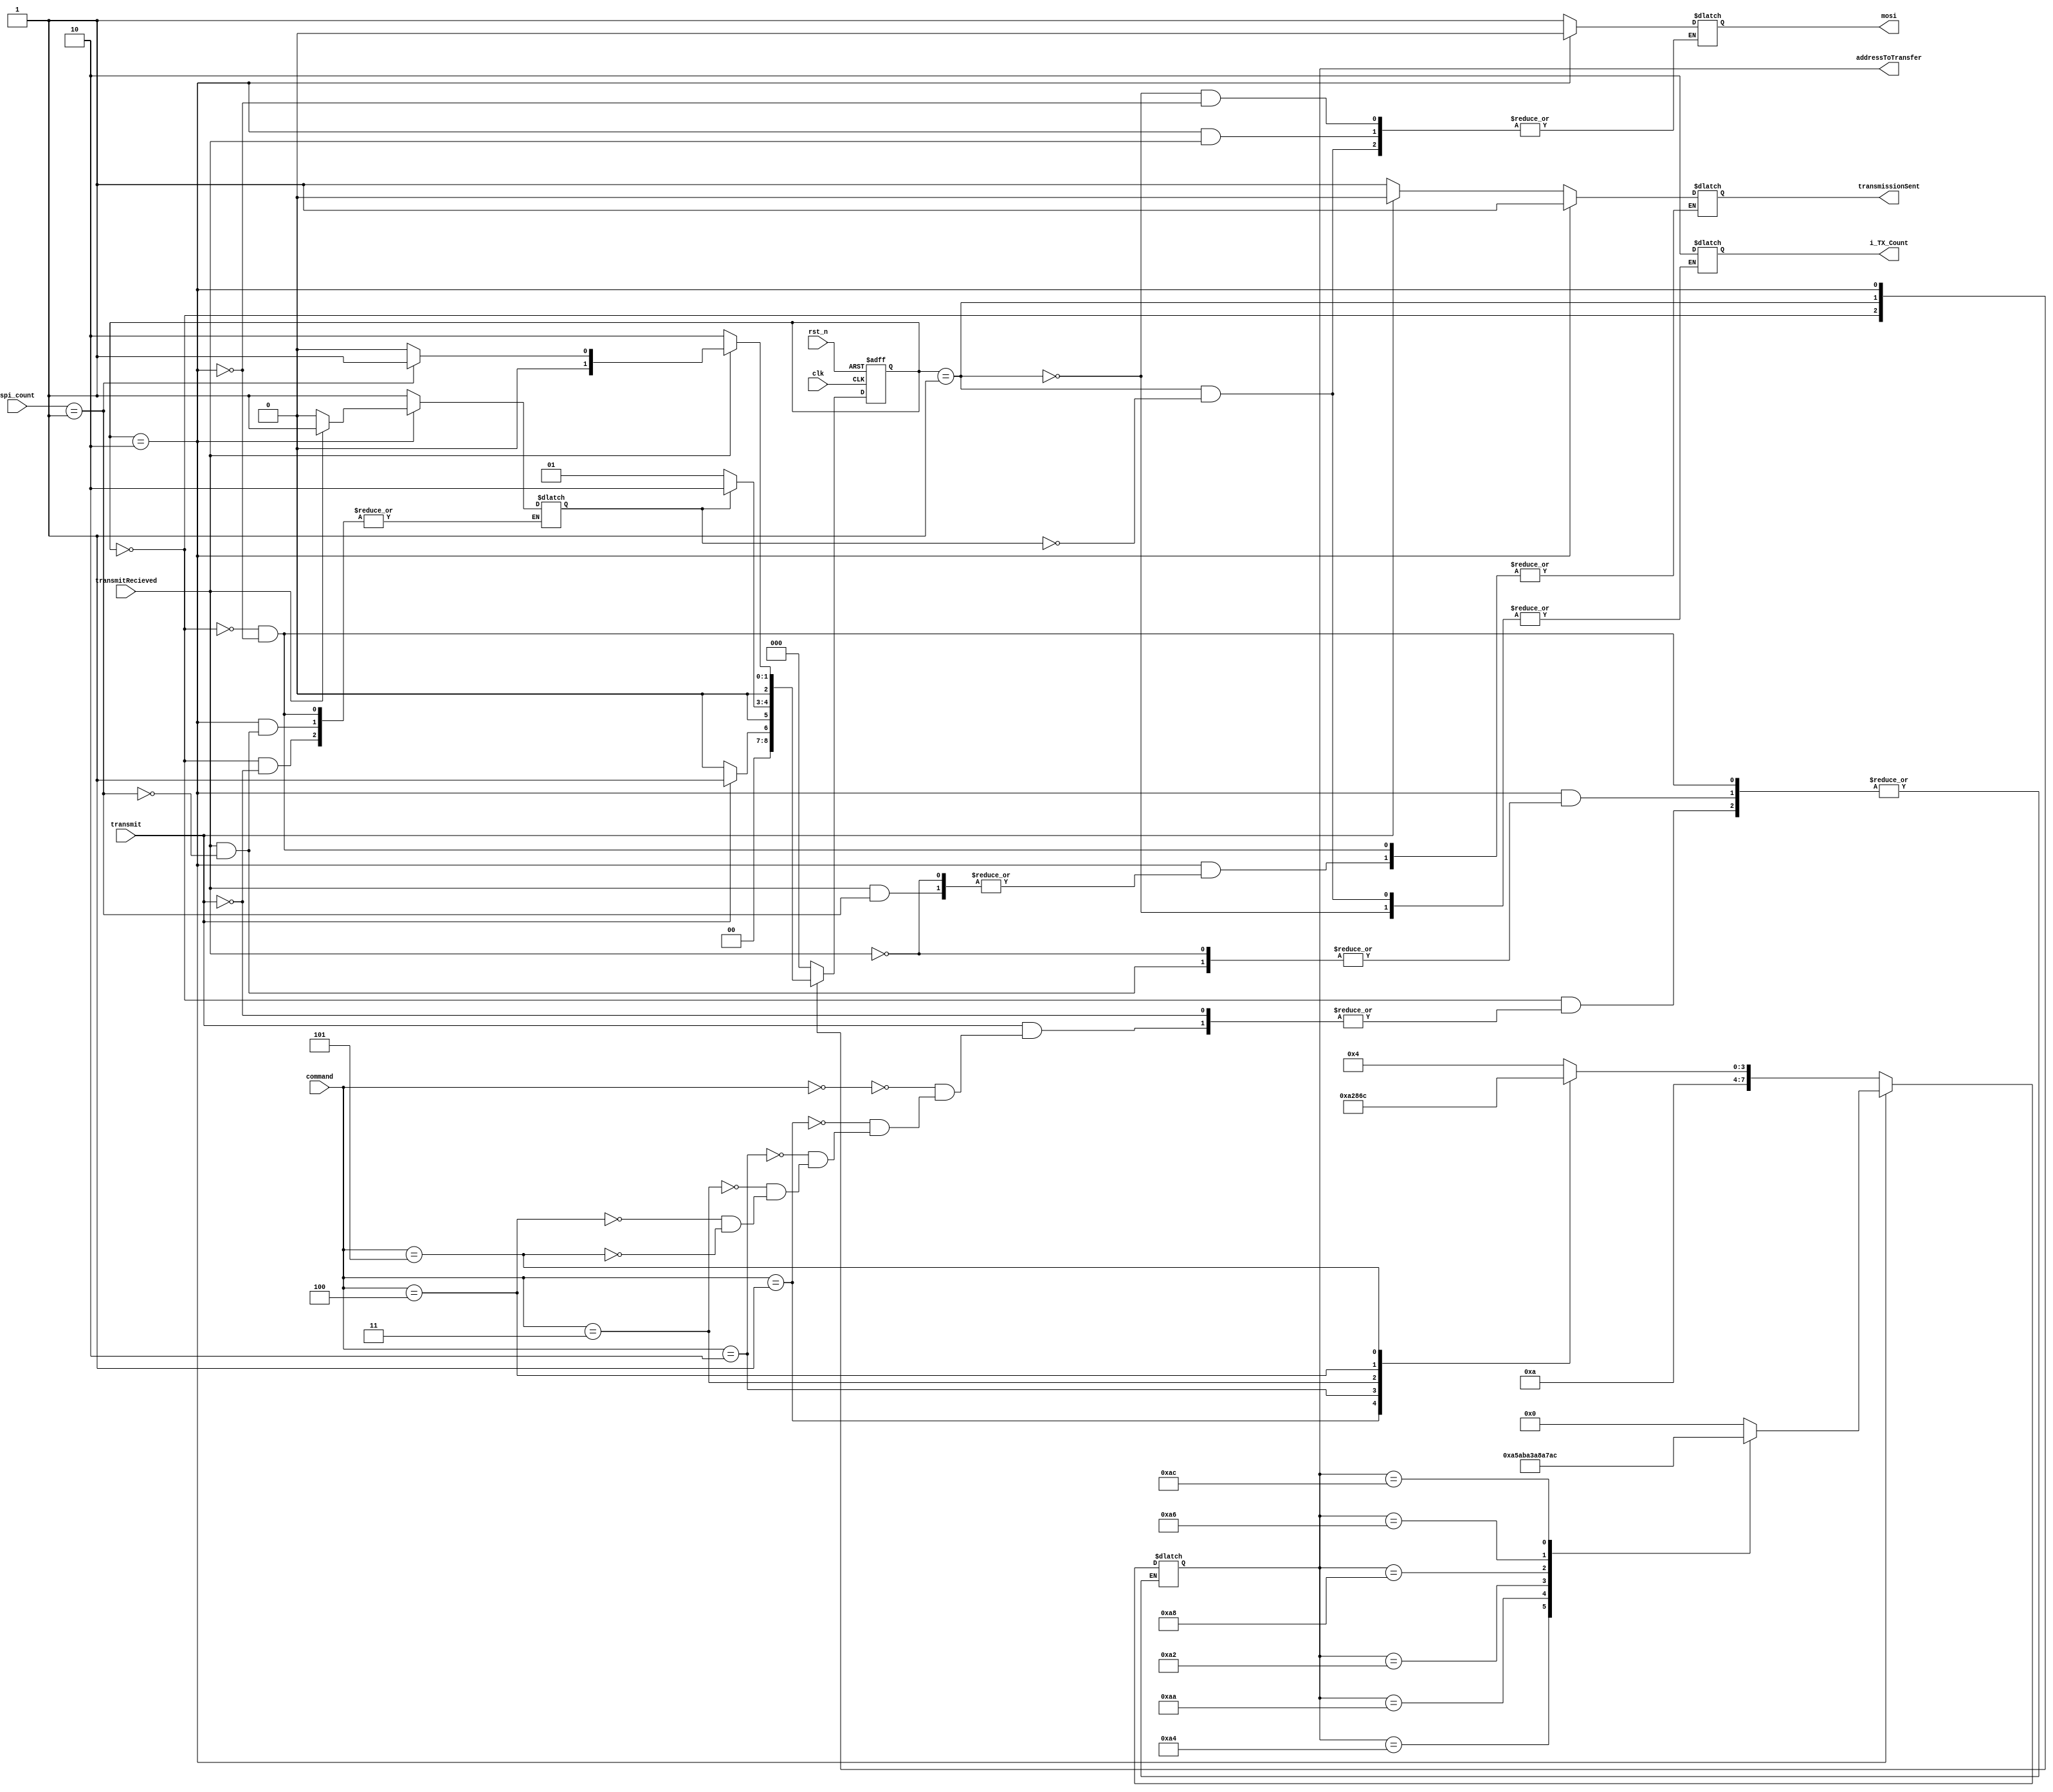
module spi_encoder (
    input wire clk,         // Clock signal
    input wire rst_n,       // Active-low reset
    input wire transmit,    // Command was recieved
    input wire transmitRecieved, //the transmission was recieved by the spi and it is ready for the next byte
    input wire [2:0] command,    // Roll command signal
    input wire [1:0] spi_count,
    output reg mosi,       // Master Out Slave In (SPI data out) Signal is ready to send
    output reg [7:0] addressToTransfer, //the command register to read
    output reg [1:0] i_TX_Count, // each instruction we send needs to recieve back two bytes
    output reg transmissionSent //our byte was sent and we are ready for another
);
   
//input commands for information to recieve
parameter GETROLLANGULAR = 3'b000; 
parameter GETROLLLINEAR = 3'b001;
parameter GETPITCHANGULAR = 3'b010;
parameter GETPITCHLINEAR = 3'b011;
parameter GETYAWANGULAR = 3'b100;
parameter GETYAWLINEAR =  3'b101;

reg start_bit;

// FSM states for SPI encoding
parameter IDLE = 3'b000;
parameter CMD_ACTIVE = 3'b001;
parameter DATA_ACTIVE = 3'b010;

reg [2:0] state, next_state;

always @(posedge clk or negedge rst_n) begin
    if (!rst_n) begin
        state <= IDLE;
    end else begin
        state <= next_state;
    end
end

always @(*) begin
    case (state)
        IDLE: begin
            
            if (transmit) begin
                case (command)
                    GETROLLANGULAR: begin //address 24h low, 25h high
                        addressToTransfer <= 8'b10100100;
                    end
                    GETROLLLINEAR: begin //address 2Ah low, 2Bh high
                        addressToTransfer <= 8'b10101010;
                    end
                    GETPITCHANGULAR: begin  //address 22h low, 23h high 
                        addressToTransfer <= 8'b10100010;
                    end
                    GETPITCHLINEAR: begin //address 28h low, 29h high
                        addressToTransfer <= 8'b10101000;
                    end
                    GETYAWANGULAR: begin //address 26h low, 27h high
                        addressToTransfer <= 8'b10100110;
                    end
                    GETYAWLINEAR: begin //address 2Ch low, 2Dh high
                        addressToTransfer <= 8'b10101100;
                    end
                    default: ;
                endcase
                start_bit <= 1'b1;
                transmissionSent <= 1'b0;
                next_state <= CMD_ACTIVE;
            end else begin
                next_state <= IDLE;
                transmissionSent <= 1'b1;
            end
        end
        CMD_ACTIVE: begin
            if (start_bit) begin
                i_TX_Count <= 2'b10;
                mosi <= 1'b1;
                next_state <= DATA_ACTIVE;
            end else begin
                next_state <= CMD_ACTIVE;
            end
        end
        DATA_ACTIVE: begin
            if (transmitRecieved) begin
                if(spi_count == 1)begin
                    case(addressToTransfer)
                        8'b10100100: addressToTransfer <= 8'b10100101;
                        8'b10101010: addressToTransfer <= 8'b10101011;
                        8'b10100010: addressToTransfer <= 8'b10100011;
                        8'b10101000: addressToTransfer <= 8'b10101000;
                        8'b10100110: addressToTransfer <= 8'b10100111;
                        8'b10101100: addressToTransfer <= 8'b10101100;
                        default: addressToTransfer <= 8'b00000000;
                    endcase
                    start_bit <= 1'b1;
                    next_state <= CMD_ACTIVE;
                end else begin
                transmissionSent <= 1'b1;
                next_state <= IDLE;
                end
            end else begin
                start_bit <= 1'b0;
                mosi <= 1'b0;
                next_state <= DATA_ACTIVE;
            end
        end
        default: next_state <= IDLE;
    endcase
end


endmodule